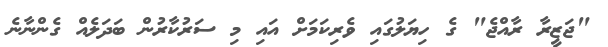
"ޖަޒީރާ ރާއްޖެ" ގެ ހިޔަލުގައި ވެރިކަމަށް އައި މި ސަރުކާރުން ބަދަލެއް ގެންނާނެ